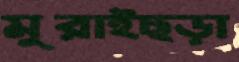
মুরাইছড়া